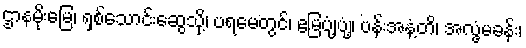
ဌာနမိုးမြေ၊ ရှစ်သောင်းဆွေသို့၊ ပရမေတွင်၊ ဧမြပျံ့ပျံ့၊ ပန်းအနံ့တိ၊ အလွံ့မခန်း၊